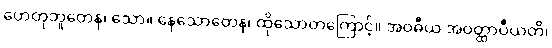
ဟေတုဘူတေန၊ သော။ နေသောတေန၊ ထိုသောတကြောင့်။ အဝဓီယ အဝတ္ထာပီယတိ၊